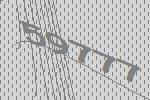
59777